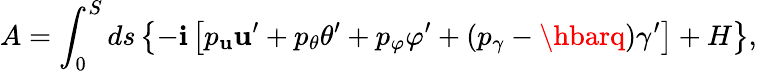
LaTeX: A=\int_{0}^{S}ds\left\{ -\mathbf{i}\left[p_{\mathbf{u}}\mathbf{u}^{\prime}+p_{\theta}\theta^{\prime}+p_{\varphi}\varphi^{\prime}+(p_{\gamma}-\hbarq)\gamma^{\prime}\right]+H\right\} ,